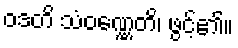
ဝဒတိ သံဝဏ္ဏေတိ၊ ဖွင့်၏။